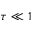
\tau \ll 1